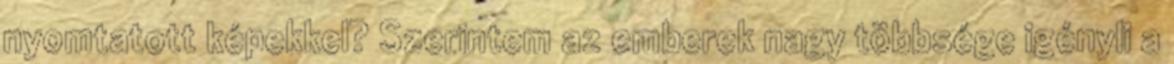
nyomtatott képekkel? Szerintem az emberek nagy többsége igényli a